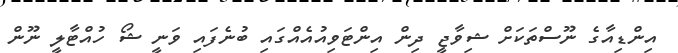
އިންޑިއާގެ ނޫސްތަކަށް ޝިވާޖީ ދިން އިންޓަވިއުއެއްގައި ބުނެފައި ވަނީ ޝޯ ހުއްޓާލީ ނޫން